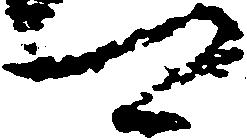
可